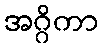
အဂ္ဂိကာ